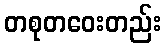
တစုတဝေးတည်း